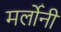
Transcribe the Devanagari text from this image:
मर्लोनी